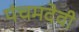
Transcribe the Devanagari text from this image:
पंचमदेवी